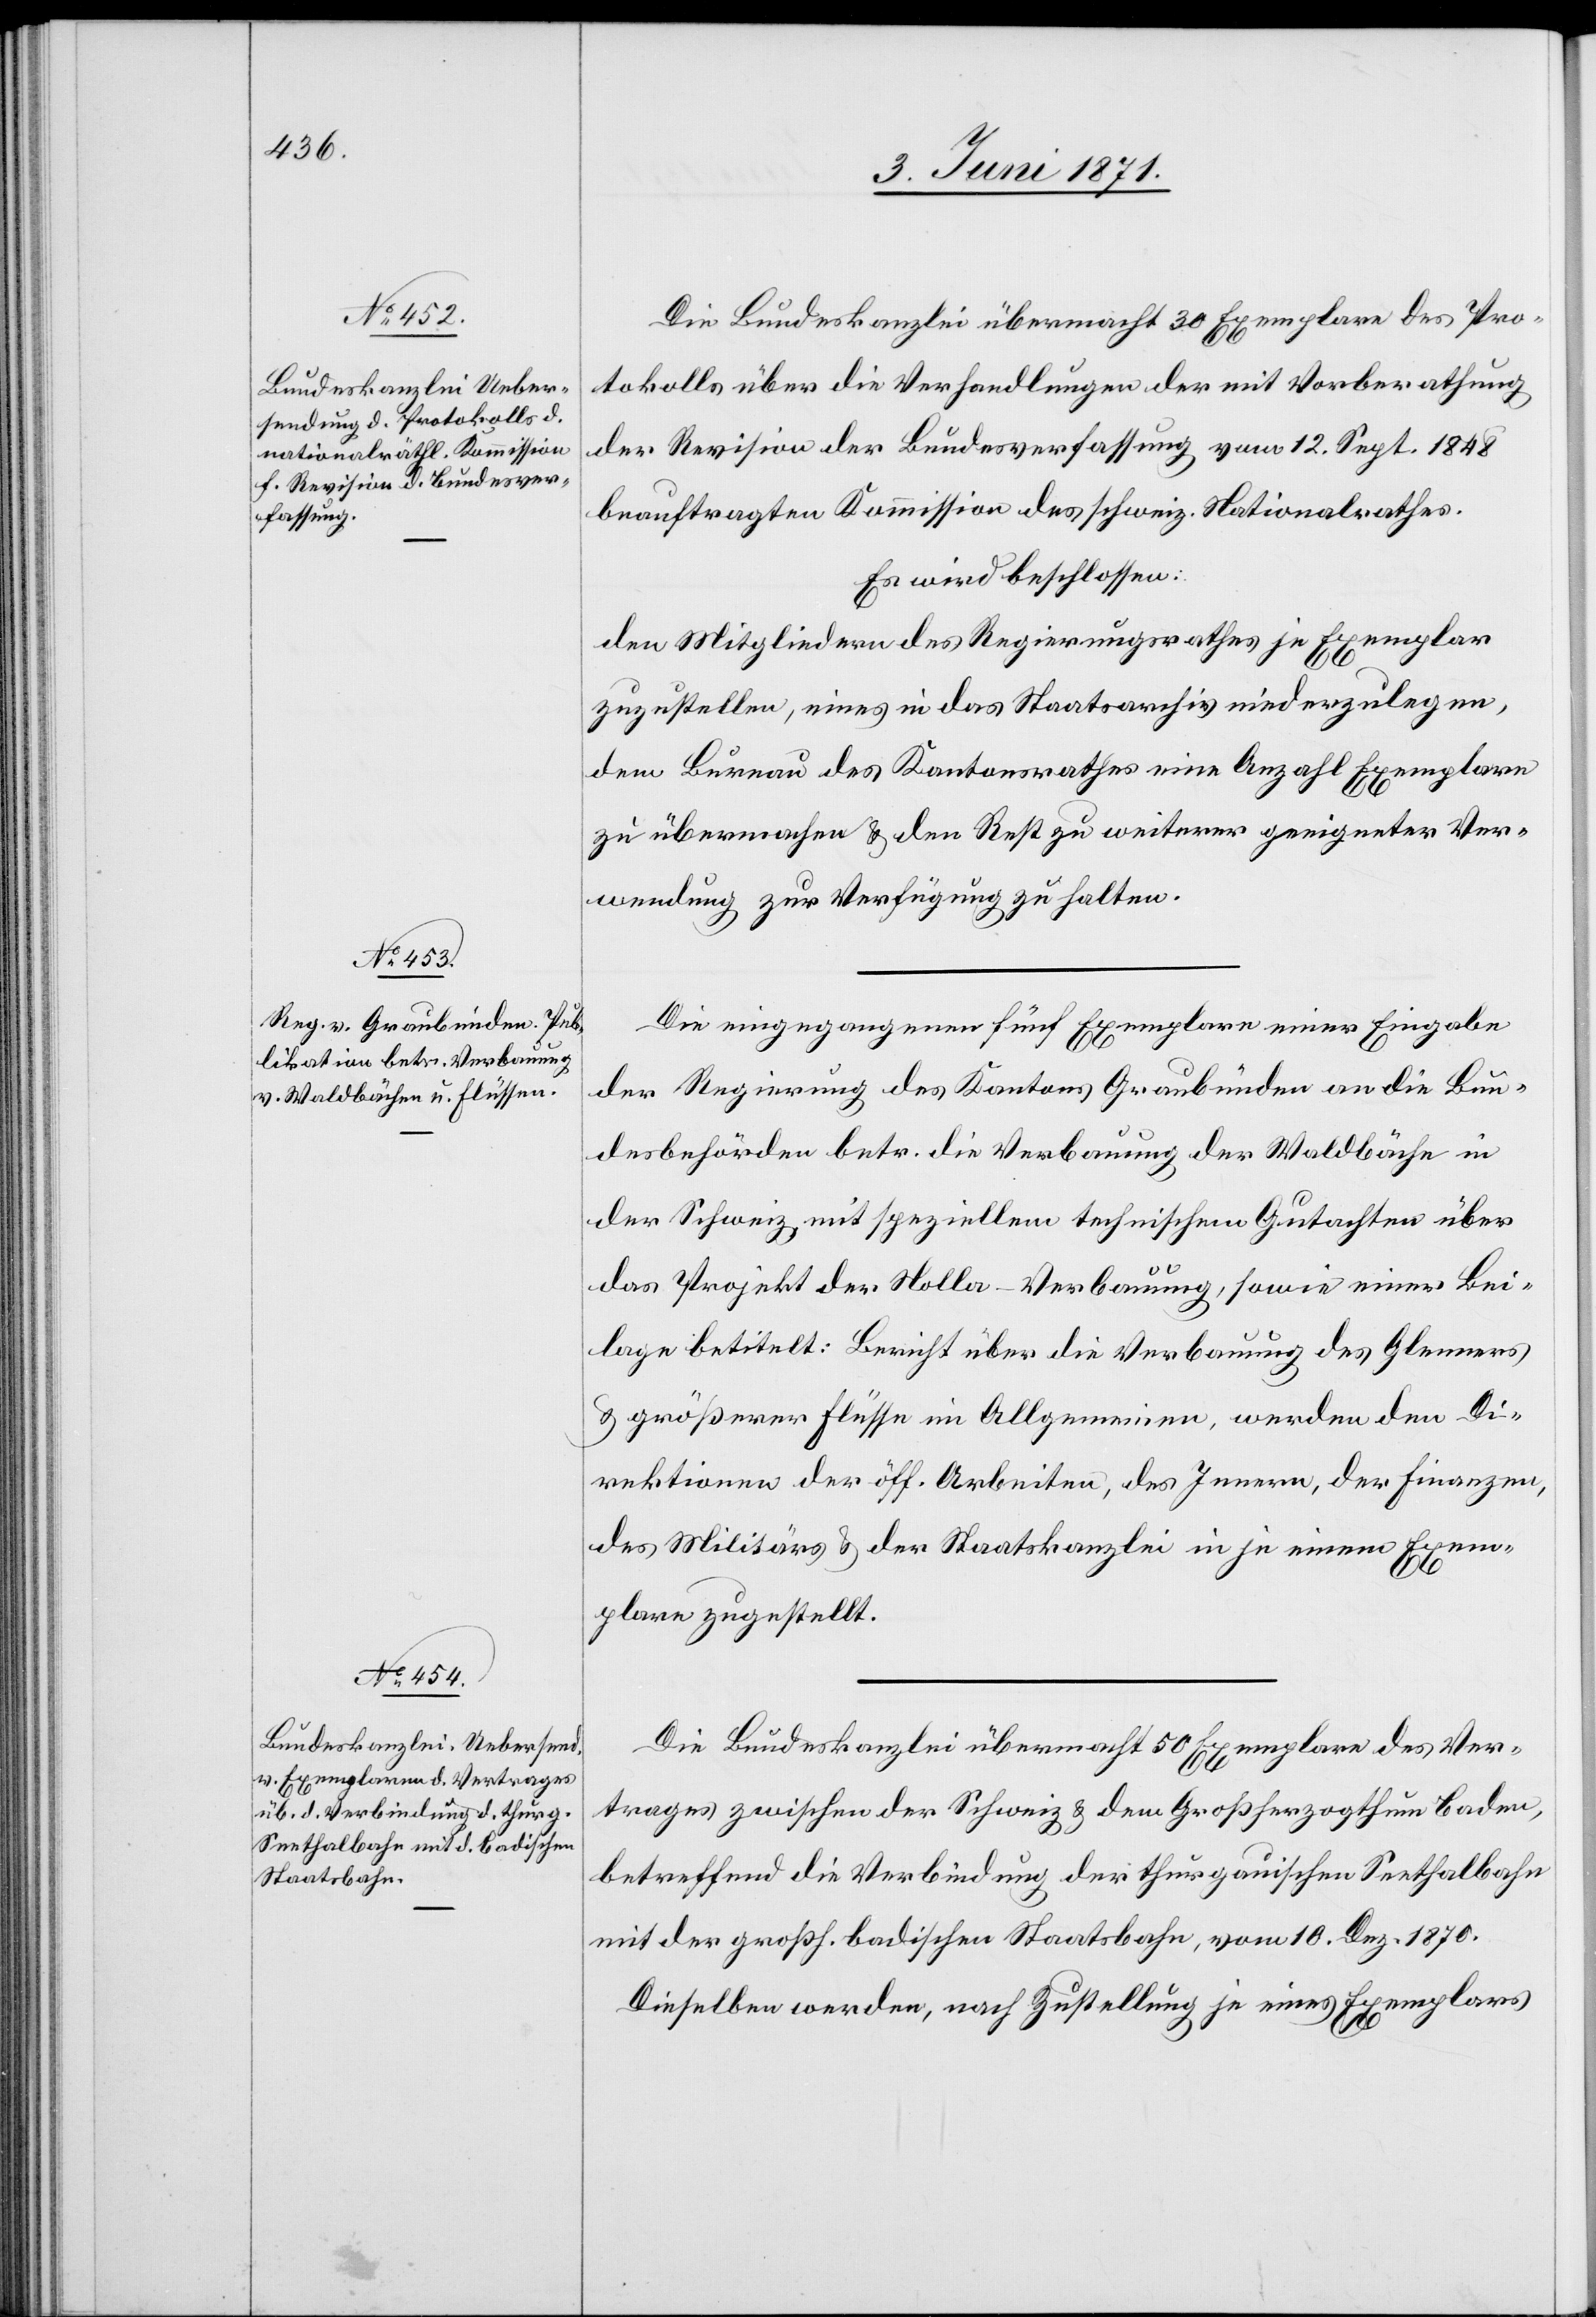
Die Bundeskanzlei übermacht 30 Exemplare des Pro¬
tokolls über die Verhandlungen der mit Vorberathung
der Revision der Bundesverfassung vom 12. Sept. 1848
beauftragten Kommission des schweiz. Nationalrathes.
Es wird beschlossen:
den Mitgliedern des Regierungsrathes je Exemplar
zuzustellen, eines in das Staatsarchiv niederzulegen,
dem Bureau des Kantonsrathes eine Anzahl Exemplare
zu übermachen u. den Rest zu weiterer geeigneter Ver¬
wendung zur Verfügung zu halten.
Die eingegangenen fünf Exemplare einer Eingabe
der Regierung des Kantons Graubünden an die Bun¬
desbehörden betr. die Verbauung der Waldbäche in
der Schweiz mit speziellen technischen Gutachten über
das Projekt der Nolla-Verbauung, sowie einer Bei¬
lage betitelt: Bericht über die Verbauung des Glenners
u. größerer Flüsse im Allgemeinen, werden den Di¬
rektionen der öff. Arbeiten, des Innern, der Finanzen,
des Militärs u. der Staatskanzlei in je einem Exem¬
plare zugestellt.
Die Bundeskanzlei übermacht 50 Exemplare des Ver¬
trages zwischen der Schweiz u. dem Großherzogthum Baden,
betreffend die Verbindung der thurgauischen Seethalbahn
mit der großh. badischen Staatsbahn, vom 10. Dez. 1870.
Dieselben werden, nach Zustellung je eines Exemplares